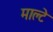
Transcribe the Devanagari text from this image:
माल्टे